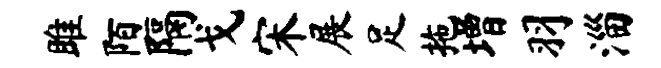
雎陌隔戈宋展足拖增羽淄